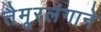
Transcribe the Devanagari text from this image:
तैमूरलंगाने